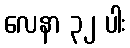
လေနာ ၃၂ ပါး